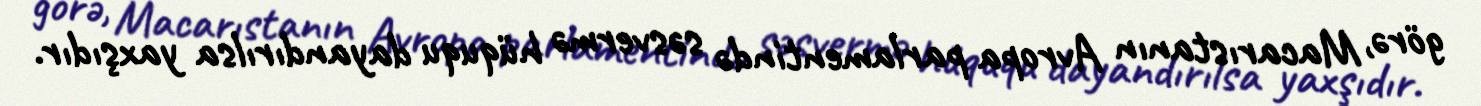
görə, Macarıstanın Avropa parlamentində səsvermə hüququ dayandırılsa yaxşıdır.